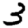
Digit: 3